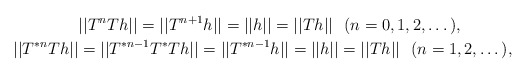
\begin{align*}& ||T^nTh||=||T^{n+1}h||=||h||=||Th|| \ \ (n=0,1,2, \dotsc), \\||T^{*n}Th|| &=||T^{*n-1}T^*Th||=||T^{*n-1}h||=||h||=||Th|| \ \ (n=1,2, \dotsc),\end{align*}